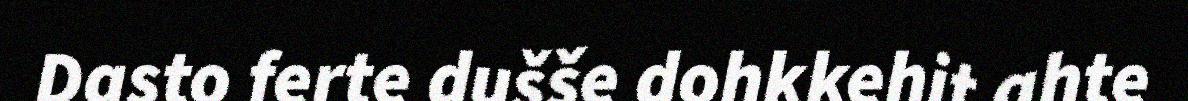
Dasto ferte dušše dohkkehit ahte